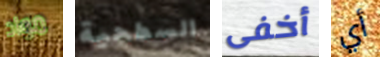
مواد السطحية أخفى أي